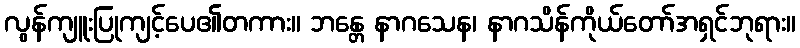
လွန်ကျူးပြုကျင့်ပေ၏တကား။ ဘန္တေ နာဂသေန၊ နာဂသိန်ကိုယ်တော်အရှင်ဘုရား။